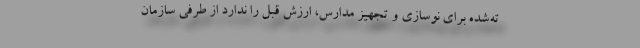
ته‌شده برای نوسازی و تجهیز مدارس، ارزش قبل را ندارد از طرفی سازمان